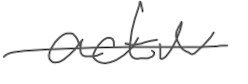
Text: active
Cross-out: single-line
Writing tool: digital_gray